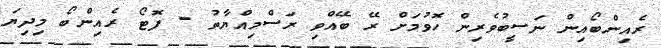
ރެއިންބޯއިން ނަސީބުވެރިން ހޮވުމަށް ރޭ ބޭއްވި ރަސްމިއްޔާތު - ފޮޓޯ ރެއިންބޯ މިދިޔަ